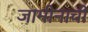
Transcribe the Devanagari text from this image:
जामीनाची